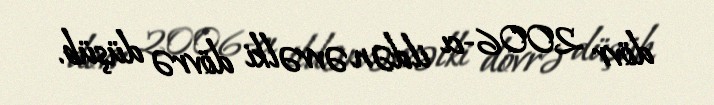
dövr 2006-cı ildən əvvəlki dövrə düşüb.